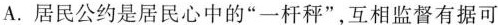
A.居民公约是居民心中的“一杆秤”，互相监督有据可